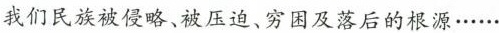
我们民族被侵略、被压迫、穷困及落后的根源……